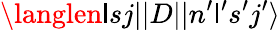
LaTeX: \langlen\mathsf{l}sj||D||n^{\prime}\mathsf{l}^{\prime}s^{\prime}j^{\prime}\rangle